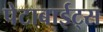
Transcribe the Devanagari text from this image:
पेटाबाईट्स